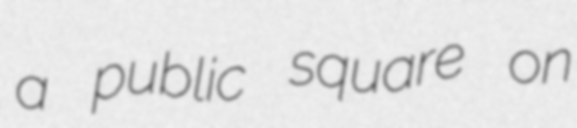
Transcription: a public square on